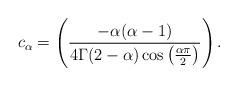
LaTeX: \begin{align*}c_{\alpha} = \left( \dfrac{-\alpha (\alpha -1)}{4 \Gamma(2-\alpha)\cos\left(\frac{\alpha \pi}{2}\right)} \right).\end{align*}